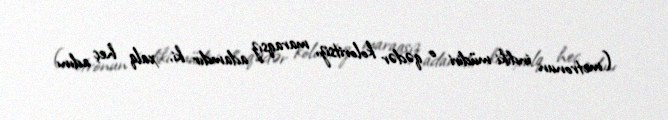
(metronun indiki müdiri o qədər koloritsiz, maraqsız adamdır ki, xalq heç adını